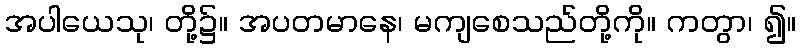
အပါယေသု၊ တို့၌။ အပတမာနေ၊ မကျစေသည်တို့ကို။ ကတွာ၊ ၍။